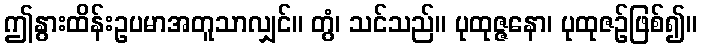
ဤနွားထိန်းဥပမာအတူသာလျှင်။ တွံ၊ သင်သည်။ ပုထုဇ္ဇနော၊ ပုထုဇဉ်ဖြစ်၍။